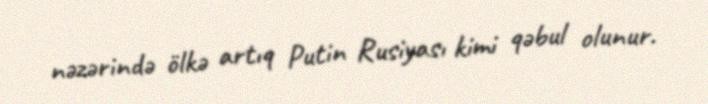
nəzərində ölkə artıq Putin Rusiyası kimi qəbul olunur.